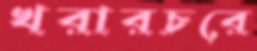
খরারচরে